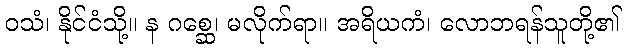
ဝသံ၊ နိုင်ငံသို့။ န ဂစ္ဆေ၊ မလိုက်ရာ။ အရိယကံ၊ လောဘရန်သူတို့၏